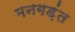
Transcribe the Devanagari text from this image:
मनगड़ंत